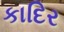
કાદિર